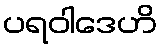
ပရဝါဒေဟိ